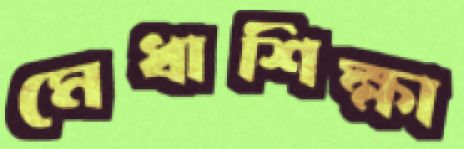
মেধাশিক্ষা